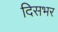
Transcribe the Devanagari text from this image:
दिसभर